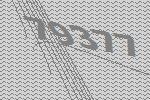
79377